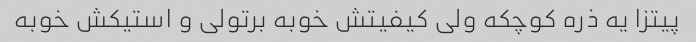
پیتزا یه ذره کوچکه ولی کیفیتش خوبه برتولی و استیکش خوبه